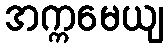
အက္ကမေယျ